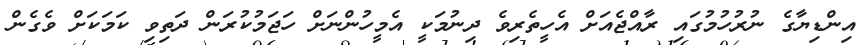
އިންޑިޔާގެ ނުރުހުމުގައި ރާއްޖެއަށް އެހީތެރިވެ ދިނުމަކީ އެމީހުންނަށް ހަޖަމުކުރަން ދަތިވި ކަމަކަށް ވެގެން